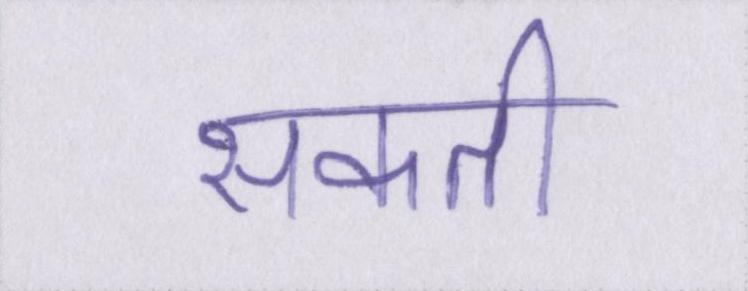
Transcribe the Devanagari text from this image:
सकती